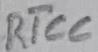
Text: RTCC